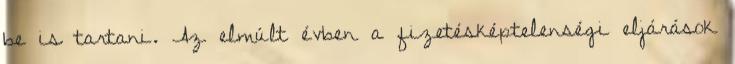
be is tartani. Az elmúlt évben a fizetésképtelenségi eljárások